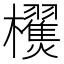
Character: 𣠜